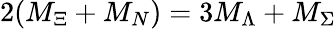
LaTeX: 2(M_{\Xi}+M_{N})=3M_{\Lambda}+M_{\Sigma}